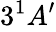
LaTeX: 3^{1}A_{}^{\prime}